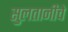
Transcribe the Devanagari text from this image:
सुलतानीचे